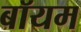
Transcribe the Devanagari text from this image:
बॉयम